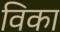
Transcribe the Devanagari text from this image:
विका